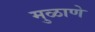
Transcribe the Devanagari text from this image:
मुळाणे